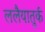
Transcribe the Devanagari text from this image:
ललैयातुर्क